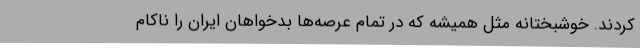
کردند. خوشبختانه مثل همیشه که در تمام عرصه‌ها بدخواهان ایران را ناکام